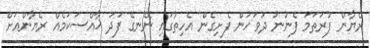
ރެޔާން ފުރަތަމަ ފެނުނު ދުވަހުން ފެށިގެން އެހިތުގައި ނޭނގޭ ފަދަ ޚާއްސަކަމެއް ރެޔާންއަށް